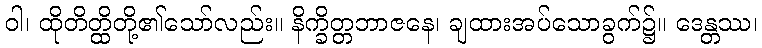
ဝါ၊ ထိုတိတ္ထိတို့၏သော်လည်း။ နိက္ခိတ္တဘာဇနေ၊ ချထားအပ်သောခွက်၌။ ဒေန္တဿ၊